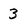
Character: 3